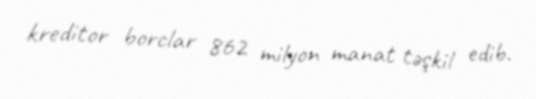
kreditor borclar 862 milyon manat təşkil edib.